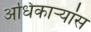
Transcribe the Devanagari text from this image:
अधिकाऱ्यांस